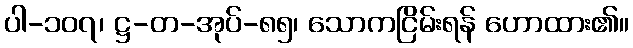
ပါ-၁၀၇၊ ဋ္ဌ-တ-အုပ်-၈၅၊ သောကငြိမ်းရန် ဟောထား၏။